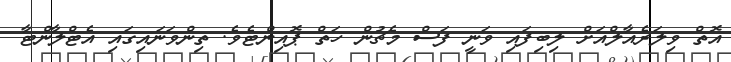
އޮތް ވިލަރެއާލްއަށް ލިބިފައި ވަނީ ފަސް މެޗުން ހަތް ޕޮއިންޓެވެ. ތިންވަނައިގައި އެޓްލާންޓާ